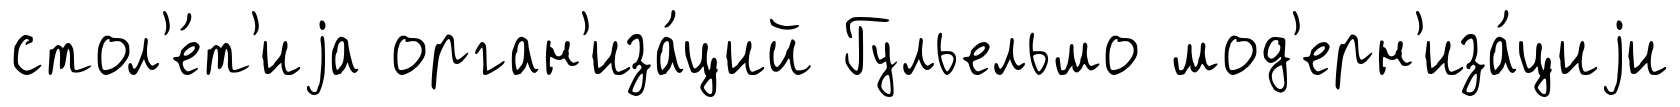
стол'е́т'иjа орган'иза́ций Гульельмо мод'ерн'иза́циjи